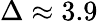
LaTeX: \Delta\approx 3.9